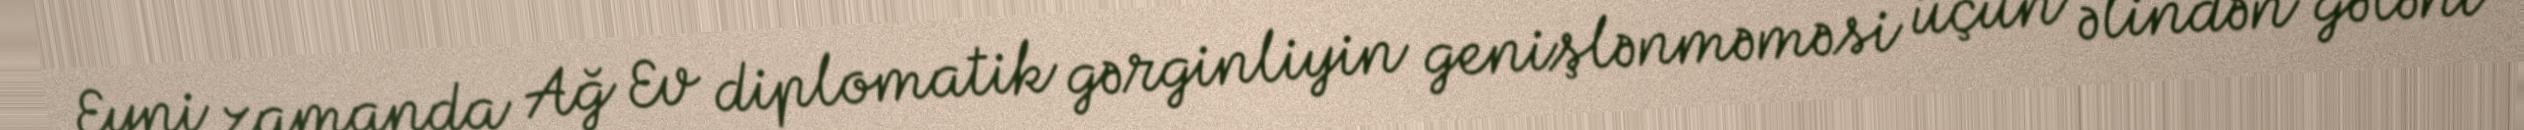
Eyni zamanda Ağ Ev diplomatik gərginliyin genişlənməməsi üçün əlindən gələni